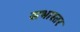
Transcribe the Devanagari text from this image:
सभास्तर